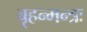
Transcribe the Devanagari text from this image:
बृहन्मन्त्रः